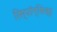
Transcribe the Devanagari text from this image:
रिस्पॉन्सिव्ह